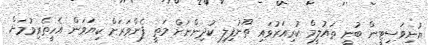
ޔުނިވަސިޓީން ބުނީ ތައުލީމް ކުރިއަރުވައި ތޫނުފިލި ކުދިންނަށް މަތީ ފެންވަރަށް ކިޔަވަން އެހީތެރިވުމަށް